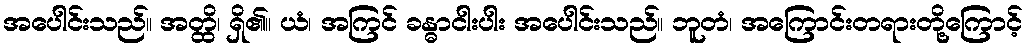
အပေါင်းသည်။ အတ္ထိ၊ ရှိ၏။ ယံ၊ အကြင် ခန္ဓာငါးပါး အပေါင်းသည်။ ဘူတံ၊ အကြောင်းတရားတို့ကြောင့်